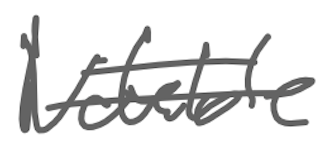
Text: Notable
Cross-out: double-line
Writing tool: digital_gray